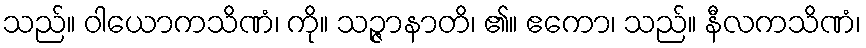
သည်။ ဝါယောကသိဏံ၊ ကို။ သဉ္ဇာနာတိ၊ ၏။ ဧကော၊ သည်။ နီလကသိဏံ၊